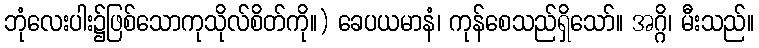
ဘုံလေးပါး၌ဖြစ်သောကုသိုလ်စိတ်ကို။) ခေပယမာနံ၊ ကုန်စေသည်ရှိသော်။ အဂ္ဂိ၊ မီးသည်။